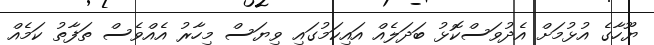
ޔޫހާގެ އުޅުމަށް އެދުވަސްކޮޅު ބަދަލެއް އައިކަމުގައި ވިޔަސް މިހާރު އެއްވެސް ތަފާތު ކަމެއް